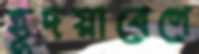
হূদয়াবেগে